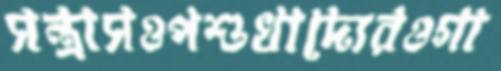
সন্ত্রাসওপশুখাদ্যেরওগা